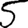
Digit: 5